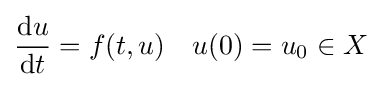
{\frac {\mathrm {d} u}{\mathrm {d} t}}=f(t,u)\quad u(0)=u_{0}\in X